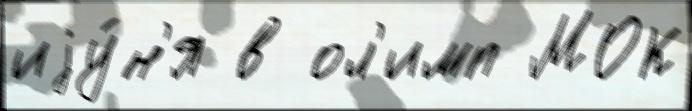
иjу́н'я в ол'имп МОК